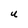
Character: U